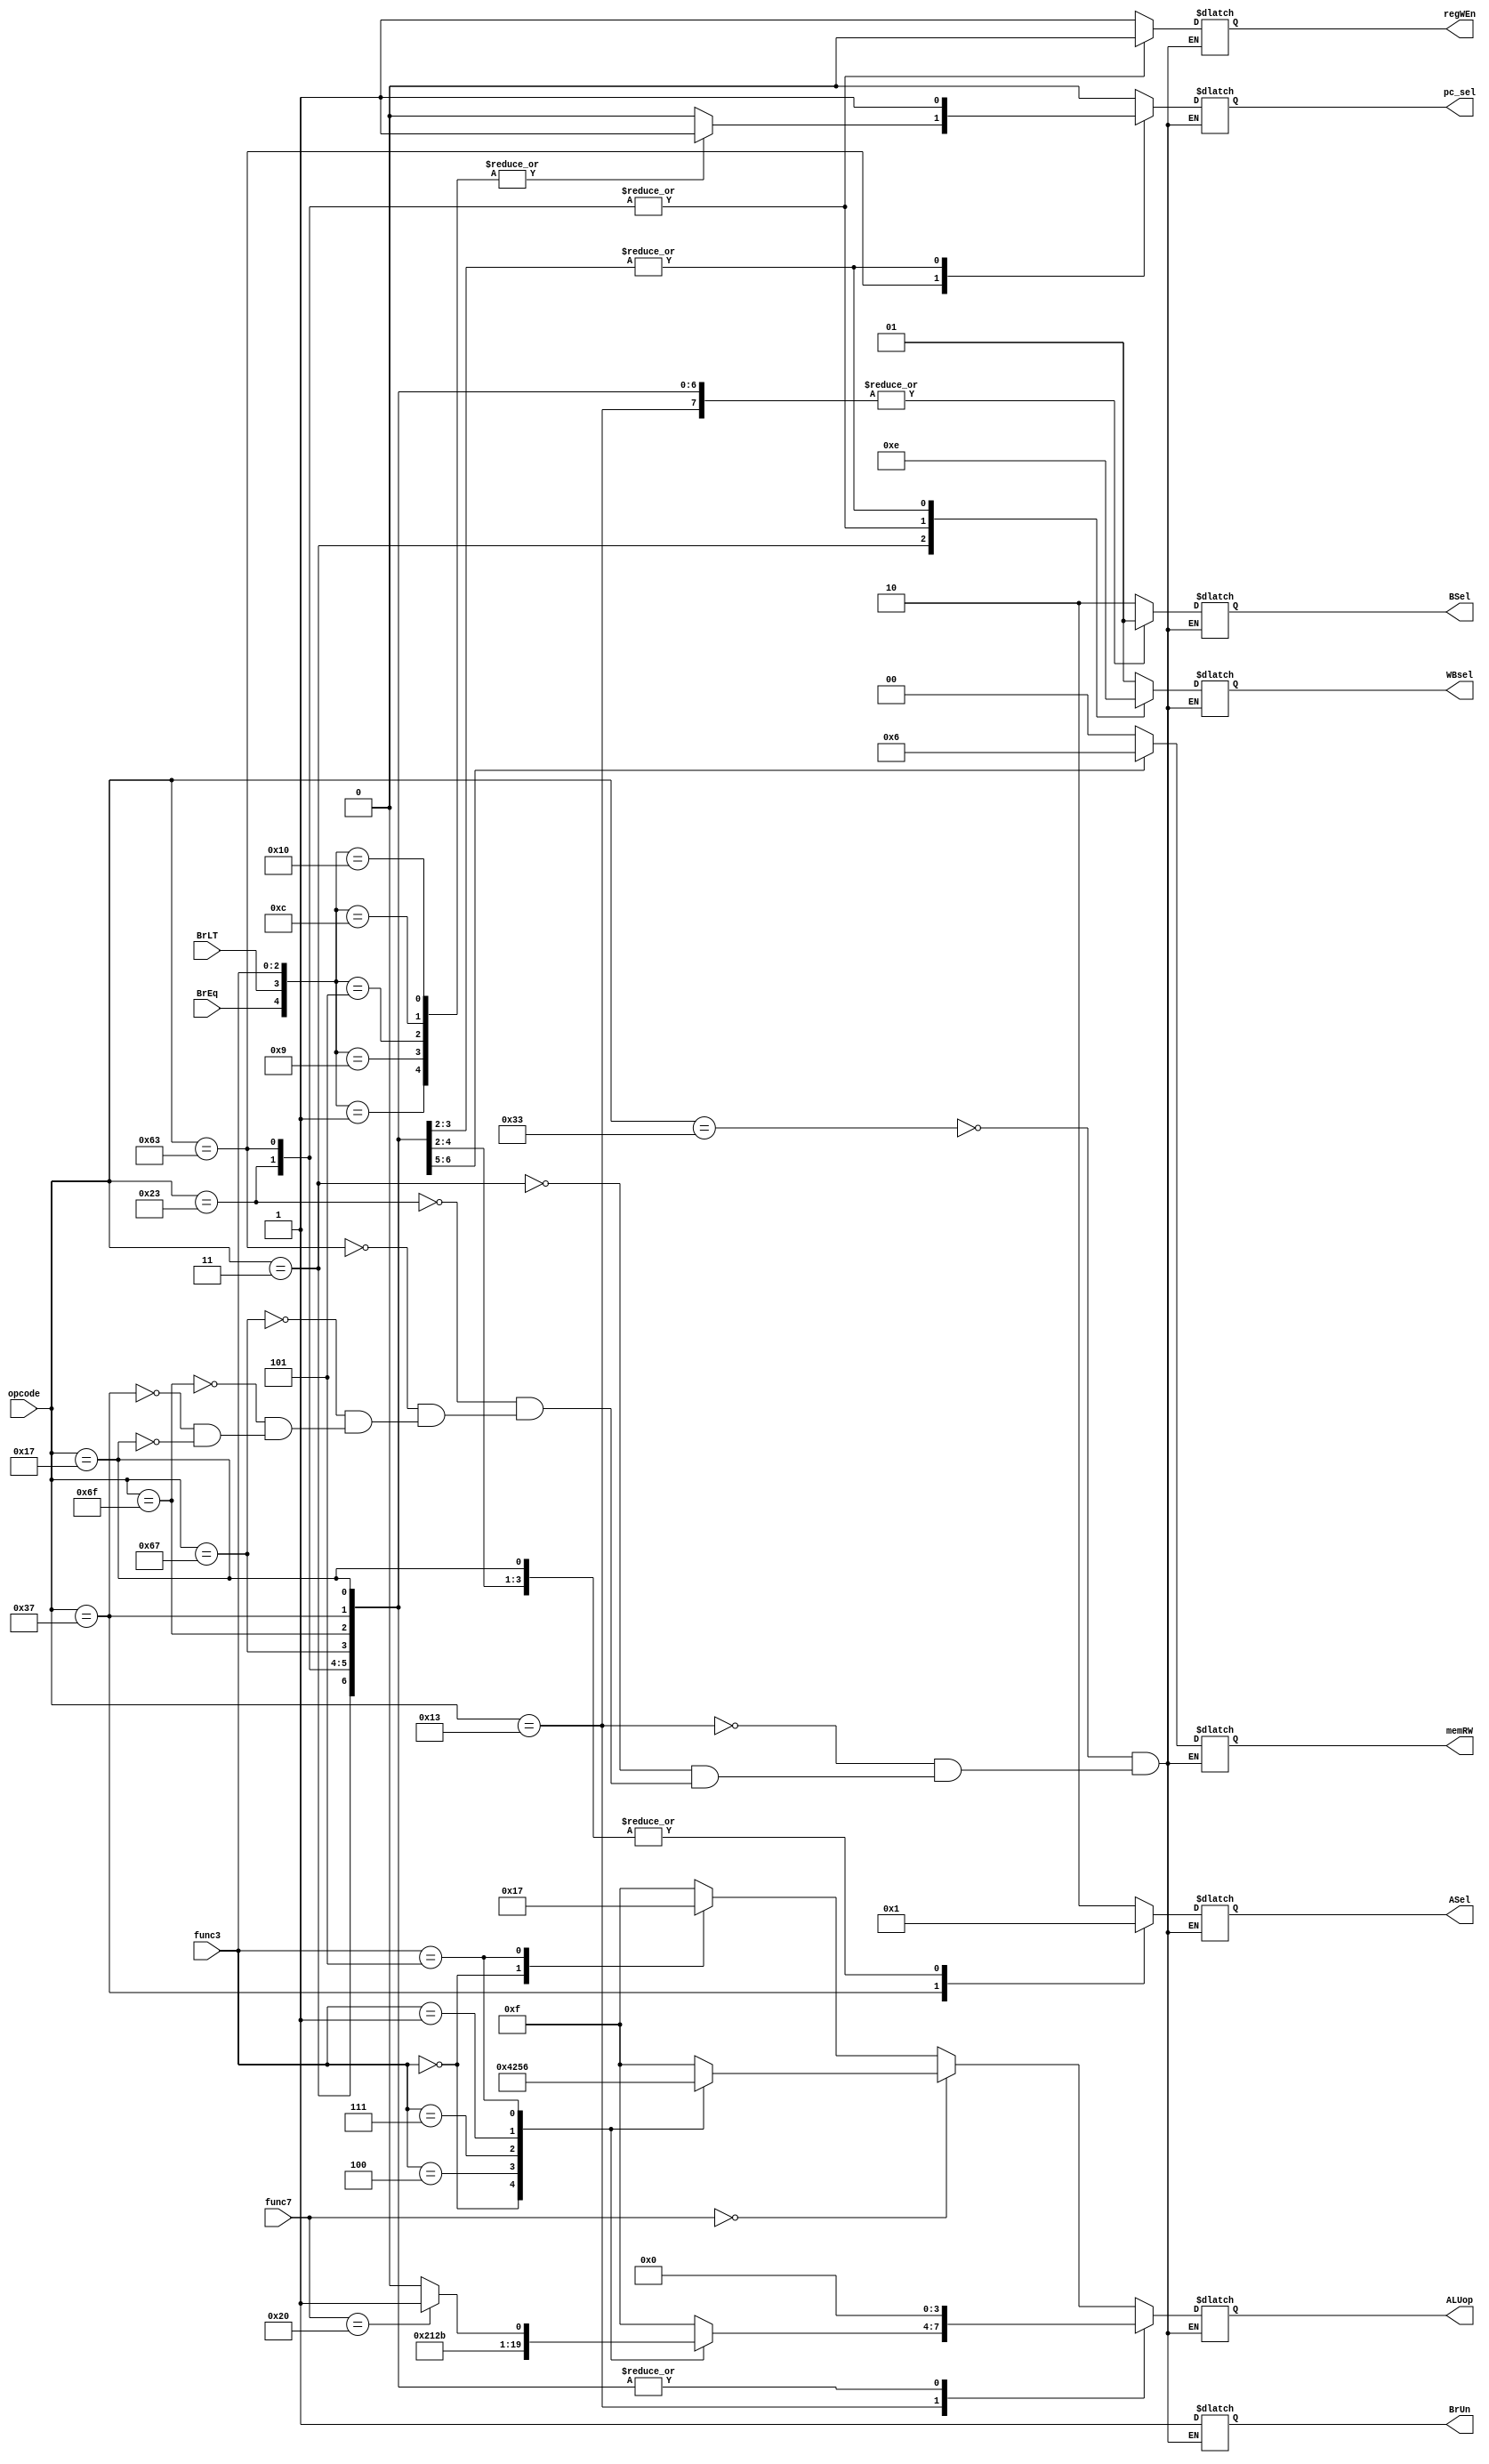
module control_block (
    input [6:0] opcode, func7,
    input [2:0] func3,
    input BrLT, BrEq,
    output reg pc_sel,
    output reg [3:0] ALUop,
    output reg regWEn,
    output reg BrUn,
    output reg [1:0] ASel,
    output reg [1:0] BSel,
    output reg [1:0] memRW,
    output reg [1:0] WBsel
    
);  

    //pc_sel param
    localparam pc_wb_sel = 1'b1;
    localparam pc_next_sel = 1'b0;

    //opcode parameter
    localparam R_Arith = 7'b0110011;
    localparam I_Arith = 7'b0010011;
    localparam I_Load = 7'b0000011;
    localparam S_Type = 7'b0100011;
    localparam B_Type = 7'b1100011;
    localparam JALR = 7'b1100111;
    localparam JAL = 7'b1101111;
    localparam LUI = 7'b0110111;
    localparam AUIPC = 7'b0010111;


    //func7_param
    localparam func7_sub_SRA = 7'b0100000;
    localparam func7_nor = 7'b0000000;

    //Arithmetic func3 param
    localparam func3_ADD = 3'b000;
    localparam func3_XOR = 3'b100;
    localparam func3_OR = 3'b110;
    localparam func3_AND = 3'b111;
    localparam func3_SLL = 3'b001;
    localparam func3_SR = 3'b101;
    localparam func3_SLT = 3'b010;

    //ALU_sel param
    localparam other_sel = 2'b01;
    localparam data_sel = 2'b10;
    localparam no_sel = 2'b00;

    //ALUop parameter
    localparam ADD_op = 4'b0000;
    localparam SUB_op = 4'b0001;
    localparam AND_op = 4'b0010;
    localparam OR_op = 4'b0011;
    localparam XOR_op = 4'b0100;
    localparam SLL_op = 4'b0101; //Shift Left Logical
    localparam SRL_op = 4'b0110; //Shift Right Logical 
    localparam SRA_op = 4'b0111; //Shift Right Arith

    //Branch comparator param = {BrEq,BrLt, func3}
    localparam beq = 5'b10000;
    localparam blt = 5'b01100;
    localparam bge = 5'b00101;
    localparam bne_1 = 5'b01001;
    localparam bne_2 = 5'b00001;
    localparam branch_Unsigned = 1'b0;
    localparam branch_Signed = 1'b1;

    // //Branch Func3 Param
    // localparam beq = 3'b000;
    // localparam bne = 3'b001;
    // localparam blt = 3'b100;
    // localparam bge = 3'b101;

    //Reg_file enable param
    localparam enable_write = 1'b1;
    localparam disable_write = 1'b0;

    //memRW param
    localparam read_mem = 2'b01;
    localparam write_mem = 2'b10;
    localparam no_access = 2'b00;

    //WB param
    localparam data_mem_sel = 2'b00;
    localparam alu_out_sel = 2'b01;
    localparam pc_addr_sel = 2'b10;
    localparam no_WB = 2'b11;

    
////////////////////////////////////////////////////////////////////////////////

    always @(opcode or func7 or func3) begin
        case (opcode)
            R_Arith: begin
                pc_sel <= pc_next_sel;
                regWEn <= enable_write;
                ASel <= data_sel;
                BSel <= data_sel;
                WBsel <= alu_out_sel;
                memRW <= no_access;
                BrUn <= branch_Signed;
                if(func7 == func7_nor) begin
                    case (func3)
                        func3_ADD: ALUop <= ADD_op;
                        func3_XOR: ALUop <= XOR_op;
                        func3_AND: ALUop <= AND_op;
                        func3_SLL: ALUop <= SLL_op;
                        func3_SR: ALUop <= SRL_op;
                        default: ALUop <= 4'b1111;
                    endcase
                end
                else begin
                    case (func3)
                        func3_ADD: ALUop <= SUB_op;  
                        func3_SR: ALUop <= SRA_op;
                        default: ALUop <= 4'b1111;
                    endcase
                end
            end
            I_Arith: begin
                pc_sel <= pc_next_sel;
                regWEn <= enable_write;
                ASel <= data_sel;
                BSel <= other_sel;
                WBsel <= alu_out_sel;
                memRW <= no_access;
                BrUn <= branch_Signed;
                case (func3)
                    func3_ADD: ALUop <= ADD_op;
                    func3_XOR: ALUop <= XOR_op;
                    func3_AND: ALUop <= AND_op;
                    func3_SLL: ALUop <= SLL_op;
                    func3_SR: begin
                        if(func7 == func7_sub_SRA) ALUop <= SRA_op;
                        else ALUop <= SRL_op;
                    end 
                    default: ALUop <= 4'b1111;
                endcase
            end  
            I_Load: begin
                pc_sel <= pc_next_sel;
                regWEn <= enable_write;
                ASel <= data_sel;
                BSel <= other_sel;
                memRW <= read_mem;
                WBsel <= data_mem_sel;
                ALUop <= ADD_op;
                BrUn <= branch_Signed;
            end  
            S_Type: begin
                pc_sel <= pc_next_sel;
                WBsel <= no_WB;
                ALUop <= ADD_op;
                regWEn <= disable_write;
                memRW <= write_mem;
                ASel <= data_sel;
                BSel <= other_sel;
                BrUn <= branch_Signed;
            end
            B_Type: begin
                regWEn <= disable_write;
                memRW <= no_access;
                ALUop <= ADD_op;
                ASel <= other_sel;
                BSel <= other_sel;
                WBsel <= no_WB;
                BrUn <= branch_Signed;
                case ({BrEq, BrLT, func3})
                    beq, blt, bge, bne_1, bne_2: begin
                        pc_sel <= pc_wb_sel;
                    end 
                    default: pc_sel <= pc_next_sel;
                endcase
            end
            JALR: begin
                regWEn <= enable_write;
                memRW <= no_access;
                ALUop <= ADD_op;
                ASel <= other_sel;
                BSel <= other_sel;
                WBsel <= pc_addr_sel;
                BrUn <= branch_Signed;
                pc_sel <= pc_wb_sel;
            end
            JAL: begin
                regWEn <= enable_write;
                memRW <= no_access;
                ALUop <= ADD_op;
                ASel <= other_sel;
                BSel <= other_sel;
                WBsel <= pc_addr_sel;
                BrUn <= branch_Signed;
                pc_sel <= pc_wb_sel;
            end
            LUI: begin
                regWEn <= enable_write;
                memRW <= no_access;
                ALUop <= ADD_op;
                ASel <= no_sel;
                BSel <= other_sel;
                WBsel <= alu_out_sel;
                BrUn <= branch_Signed;
                pc_sel <= pc_next_sel;
            end
            AUIPC: begin
                regWEn <= enable_write;
                memRW <= no_access;
                ALUop <= ADD_op;
                ASel <= other_sel;
                BSel <= other_sel;
                WBsel <= alu_out_sel;
                BrUn <= branch_Signed;
                pc_sel <= pc_next_sel;
            end
        endcase
    end
        

endmodule